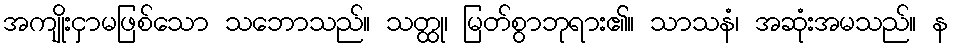
အကျိုးငှာမဖြစ်သော သဘောသည်။ သတ္ထု၊ မြတ်စွာဘုရား၏။ သာသနံ၊ အဆုံးအမသည်။ န